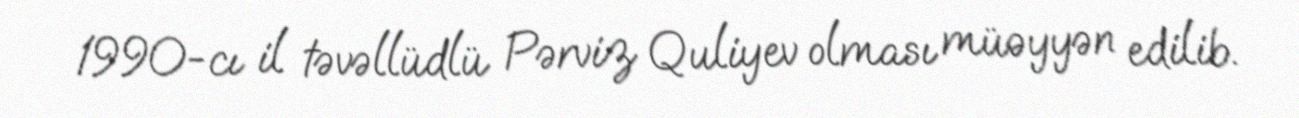
1990-cı il təvəllüdlü Pərviz Quliyev olması müəyyən edilib.